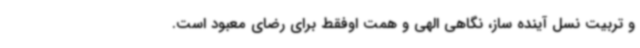
و تربیت نسل آینده ساز، نگاهی الهی و همت اوفقط برای رضای معبود است.